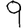
Digit: 9